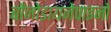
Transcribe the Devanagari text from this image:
बोंजोडायजेपाइनों